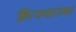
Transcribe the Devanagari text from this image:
फ्रैनवाल्श